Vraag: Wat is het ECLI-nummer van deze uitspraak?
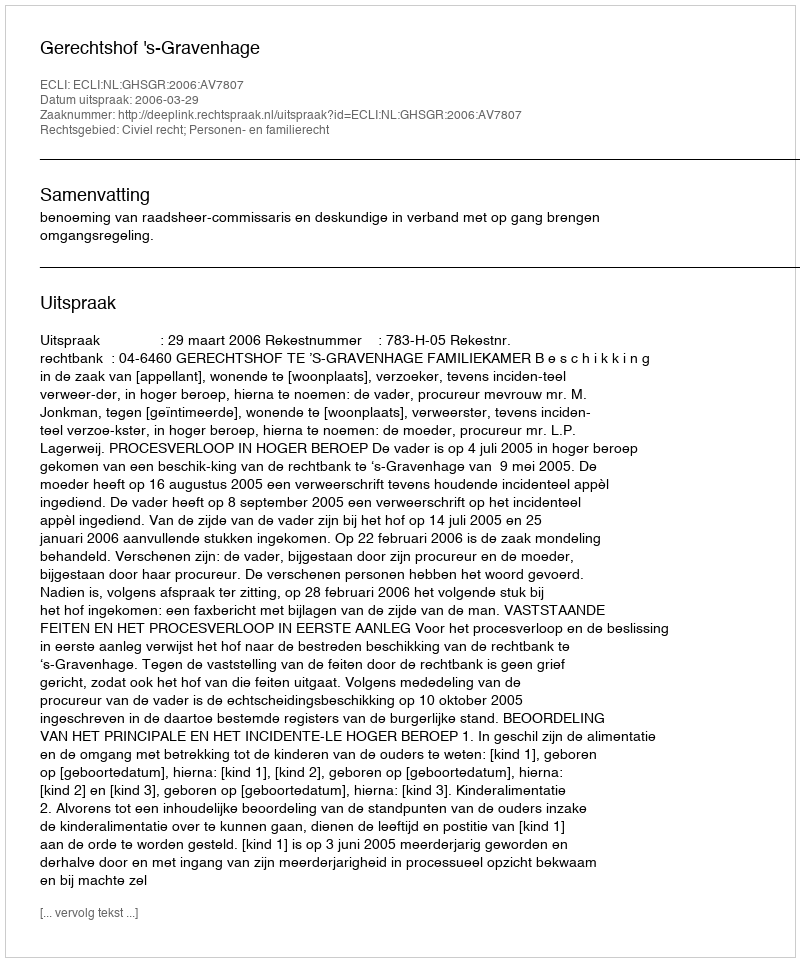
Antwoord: ECLI:NL:GHSGR:2006:AV7807